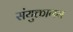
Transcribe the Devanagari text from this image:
संयुक्तागम